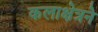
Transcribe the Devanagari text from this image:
कलाक्षेत्रने